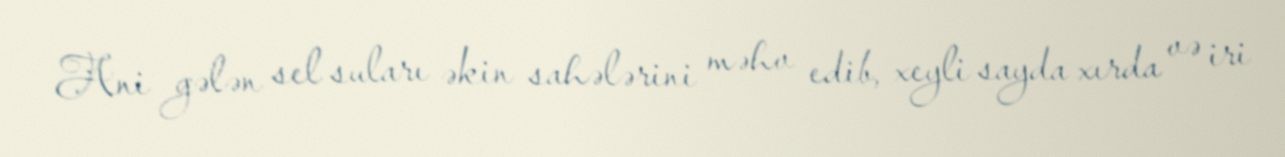
Ani gələn sel suları əkin sahələrini məhv edib, xeyli sayda xırda və iri